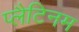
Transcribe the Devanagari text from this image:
प्‍लैटिनम